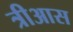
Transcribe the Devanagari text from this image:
त्रीआस